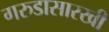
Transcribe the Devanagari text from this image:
गरुडासारखी